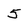
Character: 5